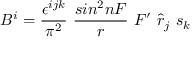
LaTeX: B ^ { i } = \frac { \epsilon ^ { i j k } } { \pi ^ { 2 } } ~ \frac { s i n ^ { 2 } n F } { r } ~ F ^ { \prime } ~ { \hat { r } } _ { j } ~ s _ { k }